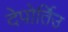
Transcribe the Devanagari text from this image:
देपोर्तिउ